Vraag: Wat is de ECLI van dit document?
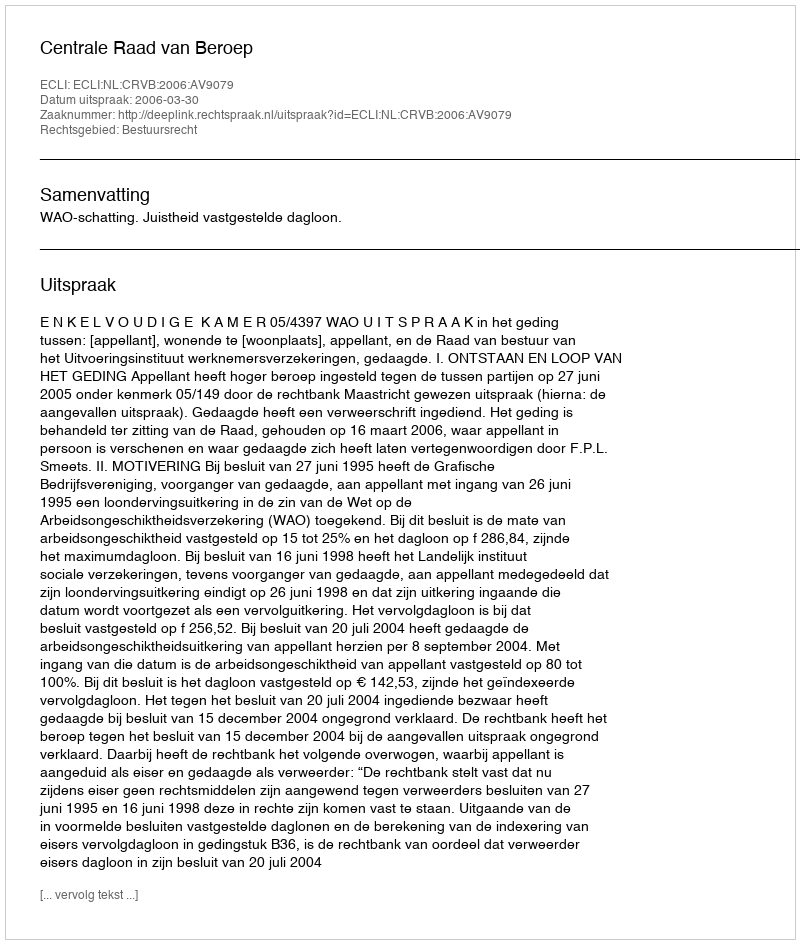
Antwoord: ECLI:NL:CRVB:2006:AV9079